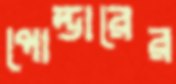
পোল্ডারের